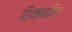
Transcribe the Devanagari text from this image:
शिक्षाविद्।